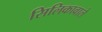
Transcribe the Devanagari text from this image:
सिलिकावाले